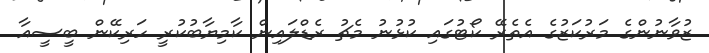
ޒުވާނުންގެ މަރުކަޒުގެ އެތެރޭ ކޯޓުގައި ކުޅުނު މެޗު ރެޑްލައިން ކާމިޔާބުކުރީ ހަރިކޭން ބީސީއާ